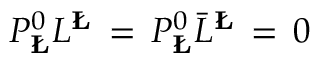
P _ { { \bf \L } } ^ { 0 } L ^ { { \bf \L } } \, = \, P _ { { \bf \L } } ^ { 0 } { \bar { L } } ^ { { \bf \L } } \, = \, 0